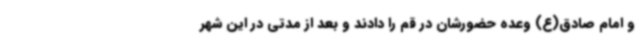
و امام صادق(ع) وعده حضورشان در قم را دادند و بعد از مدتی در این شهر